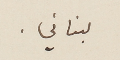
لبناني.